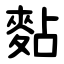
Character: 䴴